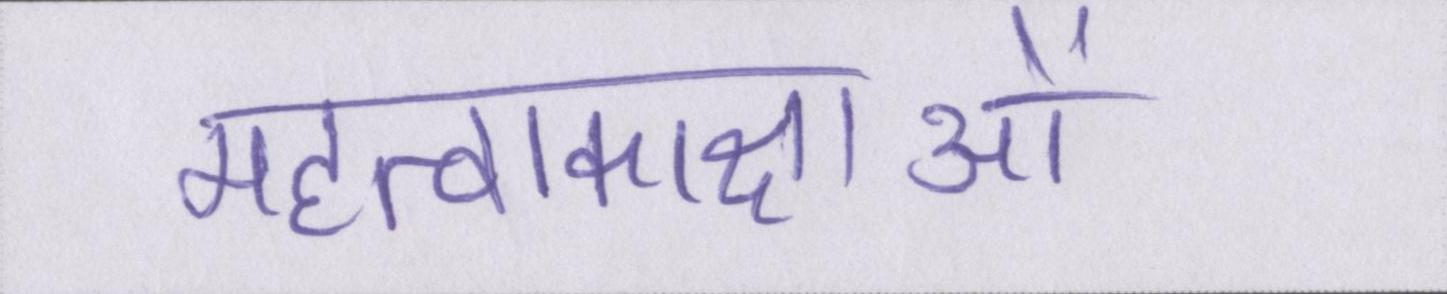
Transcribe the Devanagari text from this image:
महत्वाकाक्षाओं